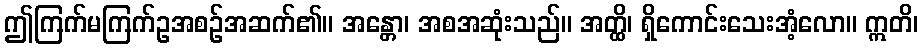
ဤကြက်မကြက်ဥအစဉ်အဆက်၏။ အန္တော၊ အစအဆုံးသည်။ အတ္ထိ၊ ရှိကောင်းသေးအံ့လော။ ဣတိ၊